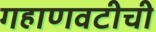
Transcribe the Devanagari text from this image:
गहाणवटीची